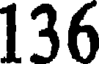
136